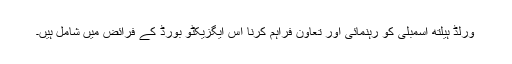
ورلڈ ہیلتھ اسمبلی کو رہنمائی اور تعاون فراہم کرنا اس ایگزیکٹو بورڈ کے فرائض میں شامل ہیں۔